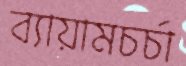
ব্যায়ামচর্চা